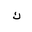
Letter: _kaf